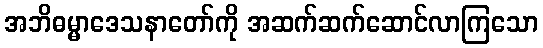
အဘိဓမ္မာဒေသနာတော်ကို အဆက်ဆက်ဆောင်လာကြသော